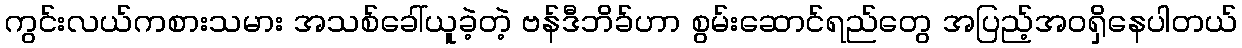
ကွင်းလယ်ကစားသမား အသစ်ခေါ်ယူခဲ့တဲ့ ဗန်ဒီဘိခ်ဟာ စွမ်းဆောင်ရည်တွေ အပြည့်အဝရှိနေပါတယ်